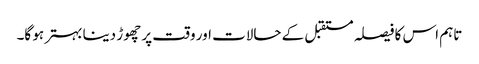
تاہم اس کا فیصلہ مستقبل کے حالات اور وقت پر چھوڑ دینا بہتر ہو گا۔